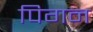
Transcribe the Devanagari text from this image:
पिगन